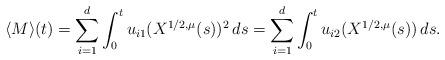
LaTeX: \begin{align*}\langle M\rangle(t)=\sum_{i=1}^{d}\int_{0}^{t}u_{i1}(X^{1/2,\mu}(s))^2\,ds=\sum_{i=1}^{d}\int_{0}^{t}u_{i2}(X^{1/2,\mu}(s))\,ds.\end{align*}